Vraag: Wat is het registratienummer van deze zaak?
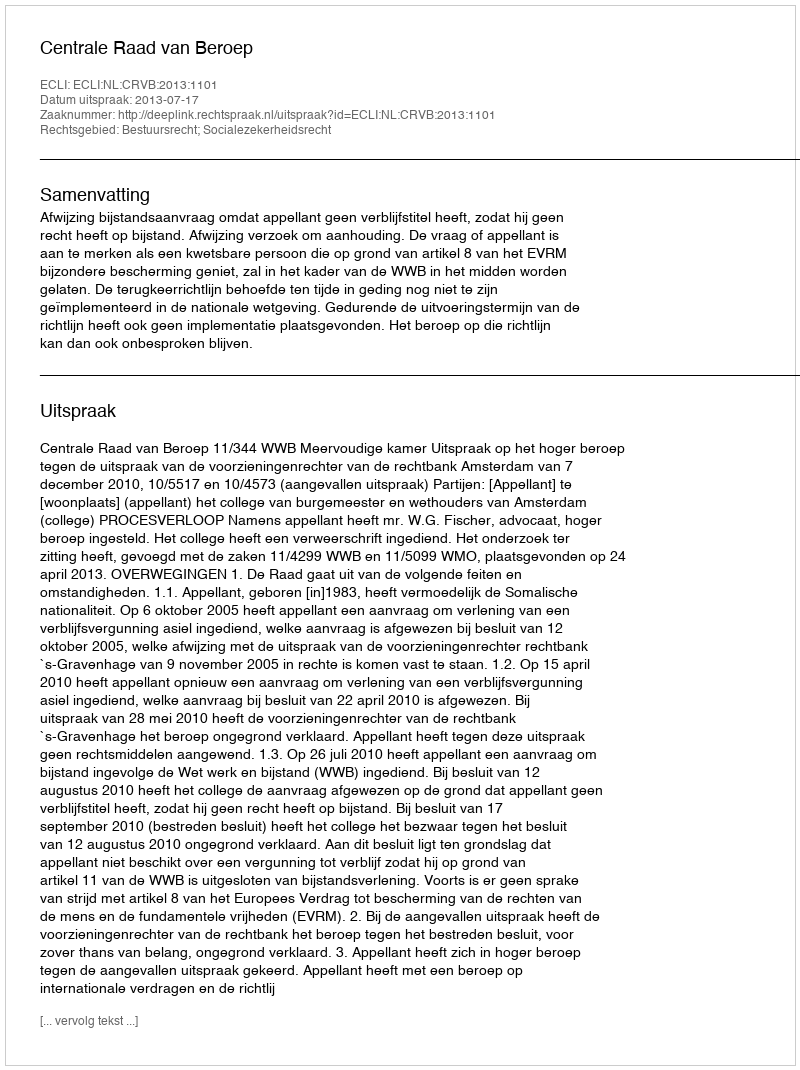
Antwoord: http://deeplink.rechtspraak.nl/uitspraak?id=ECLI:NL:CRVB:2013:1101